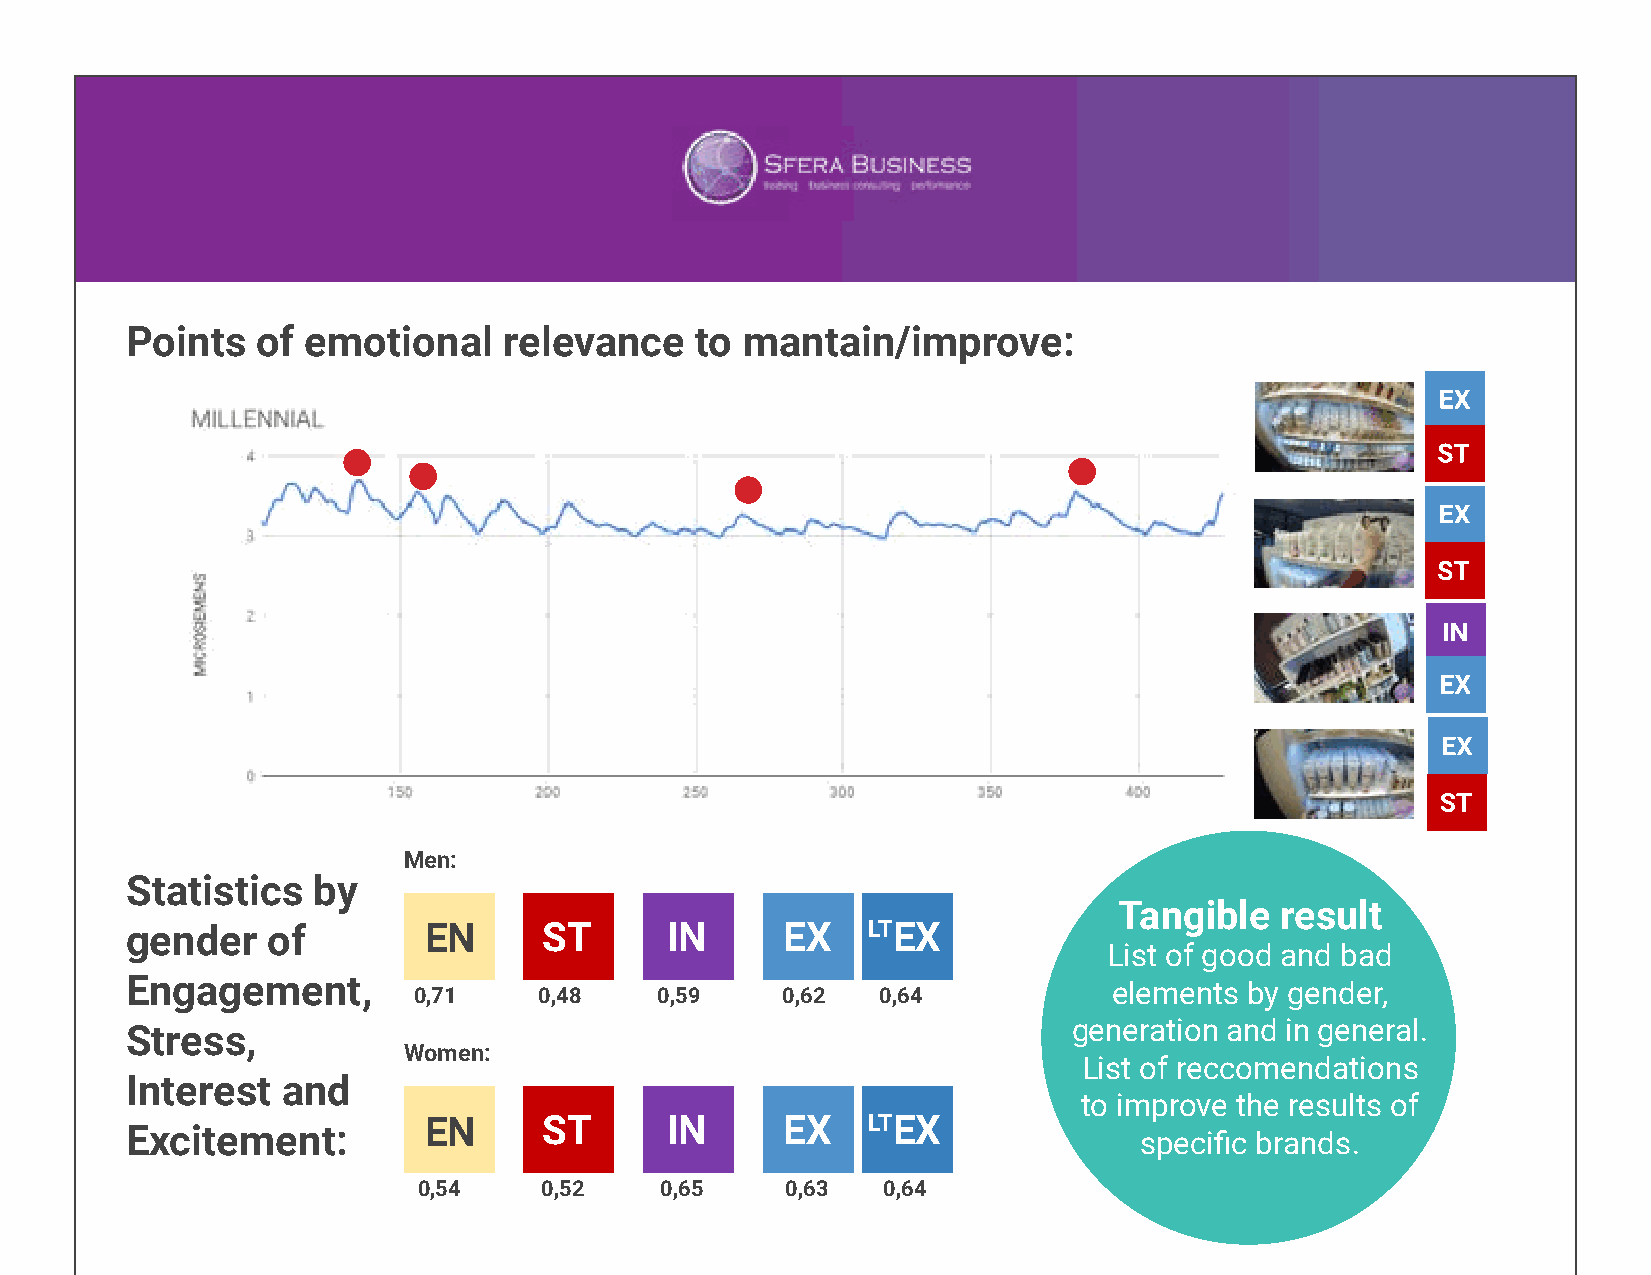
Points   of emotional    relevance    to mantain/improve:
 Men:
 Statistics   by
 Tangible   result
 gender    of        EN      ST      IN      EX   LTEX
 List of good and bad
 Engagement,        0,71     0,48    0,59    0,62  0,64            elements by gender,
 generation and in general.
 Stress,
 Women:
 List of reccomendations
 Interest   and
 to improve the results of
 EN      ST      IN      EX   LTEX
 Excitement:                                                        specific brands.
 0,54    0,52    0,65    0,63  0,64